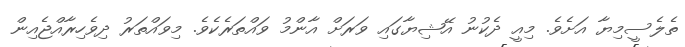
ތެލެސީމިޔާ އަށެވެ. މިއީ ދެކުނު އޭޝިޔާގައި ވަރަށް އާންމު ވައްތަރެކެވެ. މިވައްތަރު ދިވެހިރާއްޖެއިން